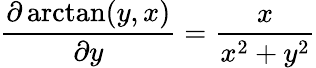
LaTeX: {\frac{\partial\arctan(y,x)}{\partial y}}={\frac{x}{x^{2}+y^{2}}}